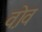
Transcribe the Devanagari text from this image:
व़ोव